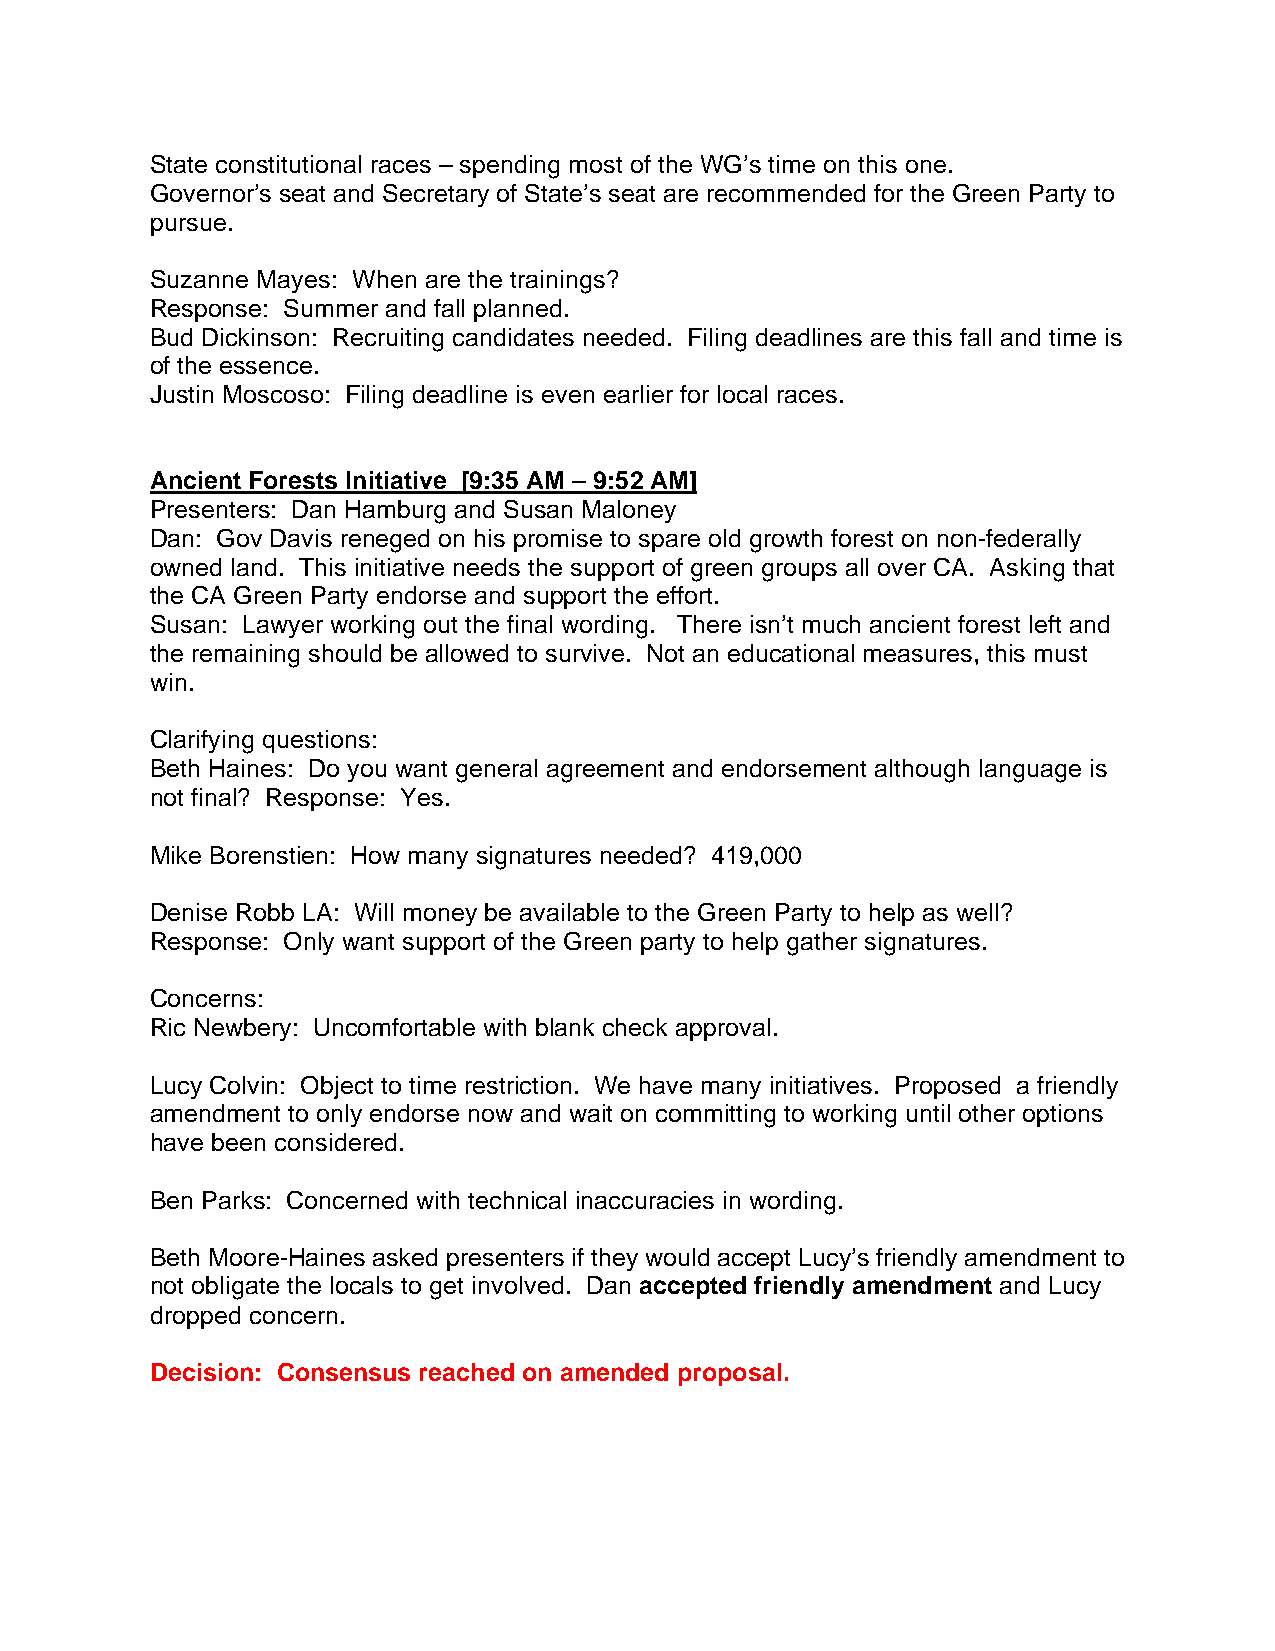
State constitutional races – spending most of the WG’s time on this one.
 Governor’s seat and Secretary of State’s seat are recommended for the Green Party to
 pursue.
 Suzanne Mayes: When are the trainings?
 Response: Summer and fall planned.
 Bud Dickinson: Recruiting candidates needed. Filing deadlines are this fall and time is
 of the essence.
 Justin Moscoso: Filing deadline is even earlier for local races.
 Ancient Forests Initiative [9:35 AM – 9:52 AM]
 Presenters: Dan Hamburg and Susan Maloney
 Dan: Gov Davis reneged on his promise to spare old growth forest on non-federally
 owned land. This initiative needs the support of green groups all over CA. Asking that
 the CA Green Party endorse and support the effort.
 Susan: Lawyer working out the final wording. There isn’t much ancient forest left and
 the remaining should be allowed to survive. Not an educational measures, this must
 win.
 Clarifying questions:
 Beth Haines: Do you want general agreement and endorsement although language is
 not final? Response: Yes.
 Mike Borenstien: How many signatures needed? 419,000
 Denise Robb LA: Will money be available to the Green Party to help as well?
 Response: Only want support of the Green party to help gather signatures.
 Concerns:
 Ric Newbery: Uncomfortable with blank check approval.
 Lucy Colvin: Object to time restriction. We have many initiatives. Proposed a friendly
 amendment to only endorse now and wait on committing to working until other options
 have been considered.
 Ben Parks: Concerned with technical inaccuracies in wording.
 Beth Moore-Haines asked presenters if they would accept Lucy’s friendly amendment to
 not obligate the locals to get involved. Dan accepted friendly amendment and Lucy
 dropped concern.
 Decision: Consensus reached on amended proposal.